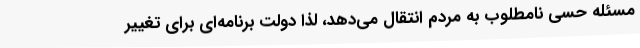
مسئله حسی نامطلوب به مردم انتقال می‌دهد، لذا دولت برنامه‌ای برای تغییر